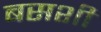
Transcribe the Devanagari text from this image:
बसशी